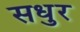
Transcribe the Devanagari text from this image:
सधुर